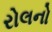
રોલનો